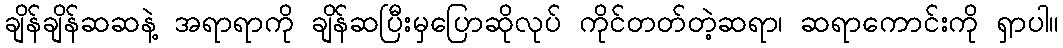
ချိန်ချိန်ဆဆနဲ့ အရာရာကို ချိန်ဆပြီးမှပြောဆိုလုပ် ကိုင်တတ်တဲ့ဆရာ၊ ဆရာကောင်းကို ရှာပါ။